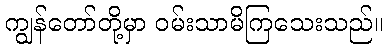
ကျွန်တော်တို့မှာ ဝမ်းသာမိကြသေးသည်။